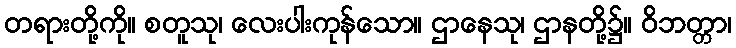
တရားတို့ကို။ စတူသု၊ လေးပါးကုန်သော။ ဌာနေသု၊ ဌာနတို့၌။ ဝိဘတ္တာ၊